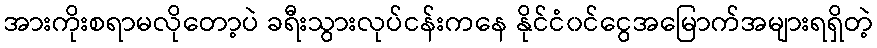
အားကိုးစရာမလိုတော့ပဲ ခရီးသွားလုပ်ငန်းကနေ နိုင်ငံ၀င်ငွေအမြောက်အများရရှိတဲ့